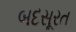
બદસૂરત